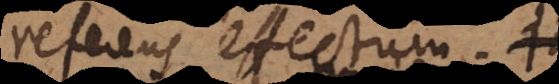
referens effectum. In